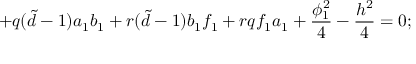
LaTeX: + q ( { \tilde { d } } - 1 ) a _ { 1 } b _ { 1 } + r ( { \tilde { d } } - 1 ) b _ { 1 } f _ { 1 } + r q f _ { 1 } a _ { 1 } + \frac { \phi _ { 1 } ^ { 2 } } { 4 } - \frac { h ^ { 2 } } { 4 } = 0 ;